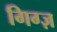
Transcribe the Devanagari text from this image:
गिग्ज़